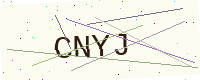
Text: CNYJ